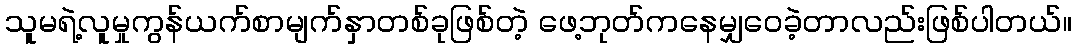
သူမရဲ့လူမှုကွန်ယက်စာမျက်နှာတစ်ခုဖြစ်တဲ့ ဖေ့ဘုတ်ကနေမျှဝေခဲ့တာလည်းဖြစ်ပါတယ်။